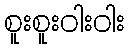
စူးစူးဝါးဝါး